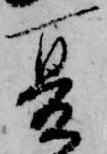
夏